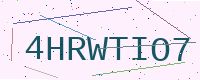
Text: 4HRWTIO7